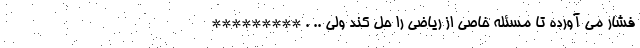
فشار می آورده تا مسئله خاصی از ریاضی را حل کند ولی .. . *********